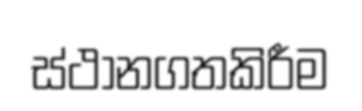
ස්ථානගතකිරීම